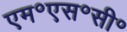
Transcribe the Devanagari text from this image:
एम॰एस॰सी॰